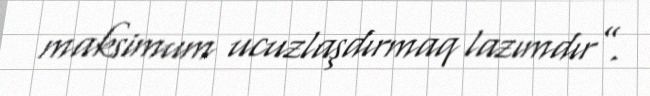
maksimum ucuzlaşdırmaq lazımdır”.